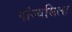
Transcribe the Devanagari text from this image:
पांज्यसिला